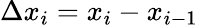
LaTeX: \Delta x_{i}=x_{i}-x_{i-1}